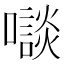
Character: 𡃘